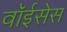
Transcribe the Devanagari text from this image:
वॉईसेस